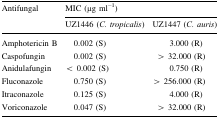
<table><thead><tr><td rowspan="2"><b>Antifungal</b></td><td colspan="2"><b>MIC (μg ml<sup>−1</sup>)</b></td></tr><tr><td><b>UZ1446 (<i>C. tropicalis</i>)</b></td><td><b>UZ1447 (<i>C. auris</i>)</b></td></tr></thead><tbody><tr><td>Amphotericin B</td><td>0.002 (S)</td><td>3.000 (R)</td></tr><tr><td>Caspofungin</td><td>0.002 (S)</td><td>&gt; 32.000 (R)</td></tr><tr><td>Anidulafungin</td><td>&lt; 0.002 (S)</td><td>0.750 (R)</td></tr><tr><td>Fluconazole</td><td>0.750 (S)</td><td>&gt; 256.000 (R)</td></tr><tr><td>Itraconazole</td><td>0.125 (S)</td><td>4.000 (R)</td></tr><tr><td>Voriconazole</td><td>0.047 (S)</td><td>&gt; 32.000 (R)</td></tr></tbody></table>